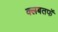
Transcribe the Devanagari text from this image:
क्लबतर्फे